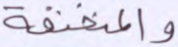
والمنخنقة